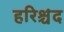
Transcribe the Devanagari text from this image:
हरिश्चंद